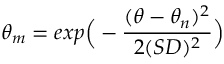
\theta _ { m } = e x p \Big ( - \frac { ( \theta - \theta _ { n } ) ^ { 2 } } { 2 ( S D ) ^ { 2 } } \Big )